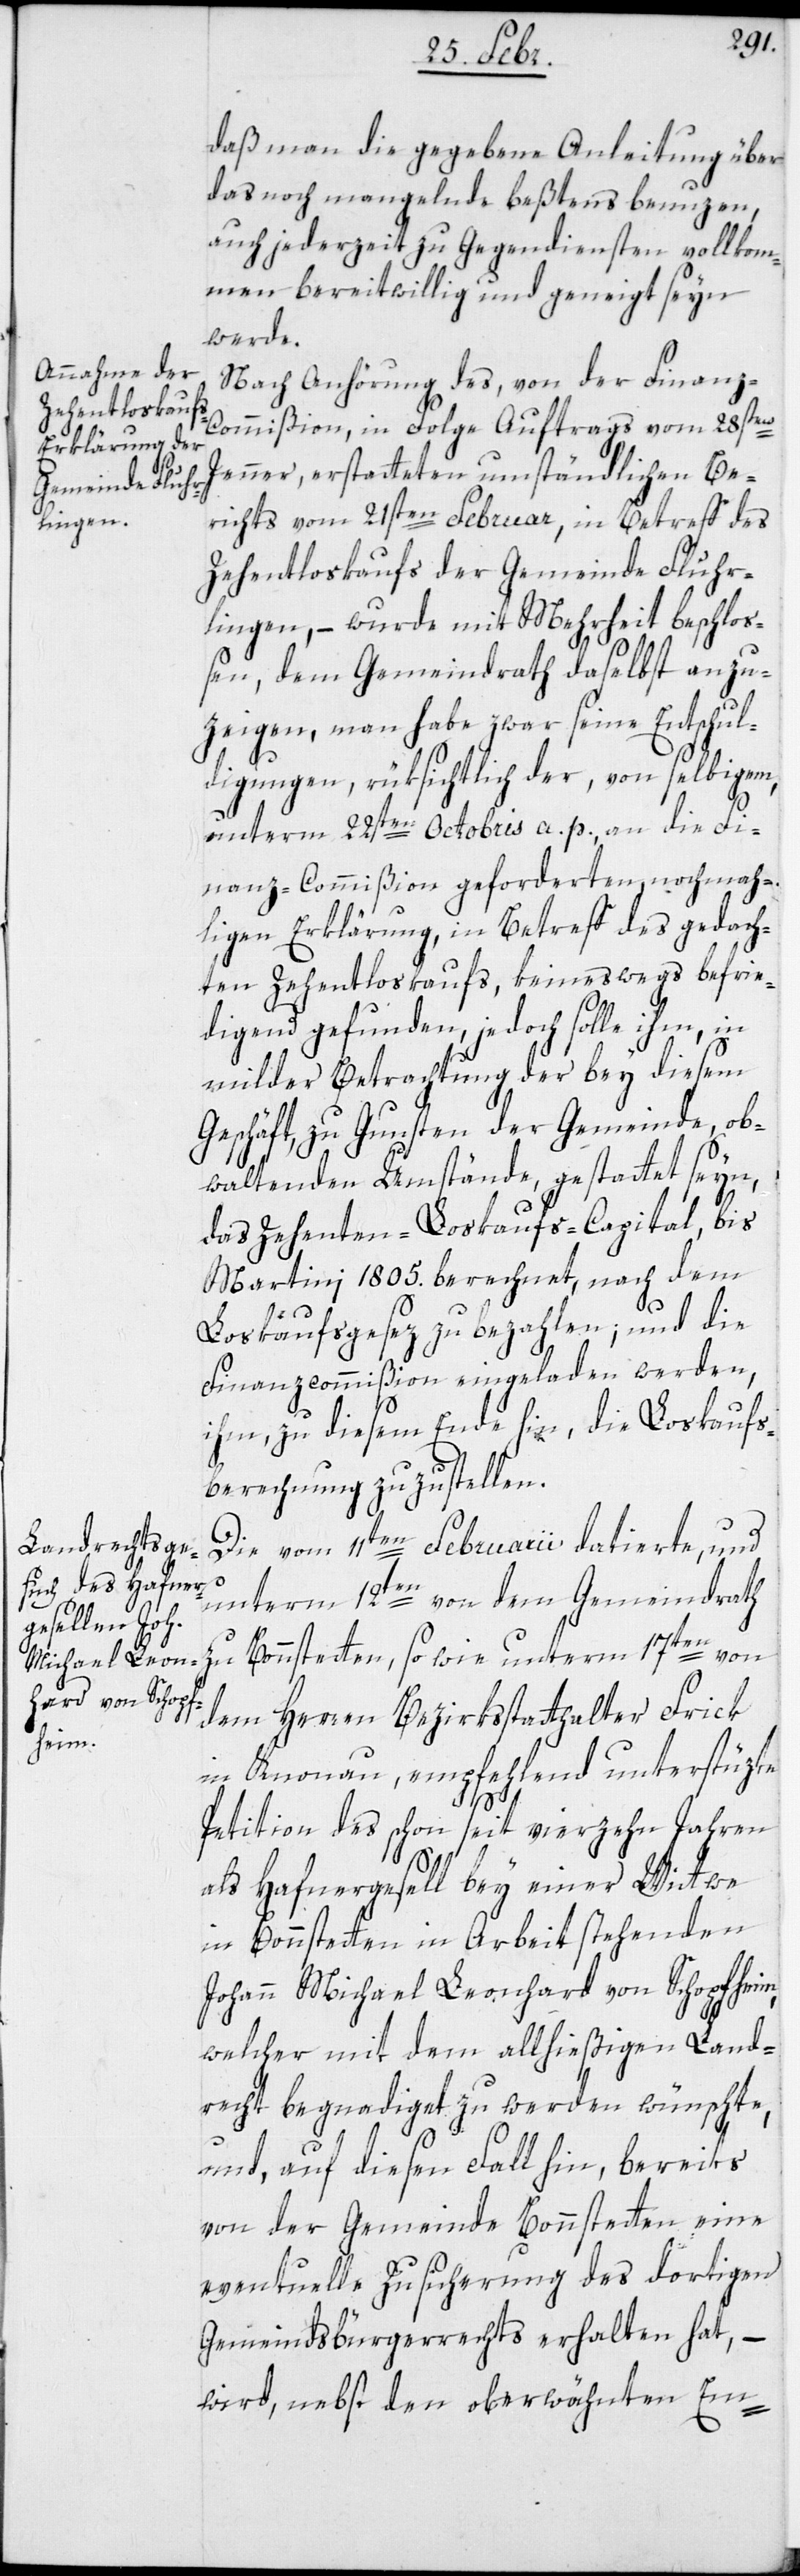
daß man die gegeben Anleitung über
das noch mangelnde beßtens benuzen,
auch jederzeit zu Gegendiensten vollkom¬
men bereitwillig und geneigt seyn
werde.
Nach Anhörung des, von der Finan¬
z-Commißion in Folge Auftrags vom 28sten
Jenner, erstatteten umständlichen Be¬
richts vom 21sten Februar, in Betreff des
Zehentloskaufs der Gemeinde Fluhr¬
lingen, – wurde mit Mehrheit beschlo¬
ßen, dem Gemeindrath daselbst anzu¬
zeigen, man habe zwar seine Entschul¬
digungen, rüksichltich der, von selbigem,
unterm 22sten Octobris a. p. an die Fi¬
nanz-Commißion geforderten, nochmah¬
ligen Erklärung, in Betreff des gedach¬
ten Zehentloskaufs, keineswegs befrie¬
digend gefunden, jedoch solle ihm, in
milder Betrachtung der bey diesem
Geschäft, zu Gunsten der Gemeinde, ob¬
waltenden Umstände, gestattet seyn,
das Zehenten-Loskaufs-Capital, bis
Martini 1805. berechnet, nach dem
Loskaufsgesetz zu bezahlen; und die
Finanzcommißion eingeladen werden,
ihm, zu diesem Ende hin, die Loskaufs¬
berechnung zuzustellen.
Die vom 11ten Februarii datierte, und
unterm 12ten von dem Gemeindrath
zu Bonstetten, sowie unterm 17ten von
dem Herren Bezirksstatthalter Frick
in Knonau, empfehlend unterstüzte
Petition des schon seit vierzehn Jahren
als Hafnergesell bey einer Wittwe
in Bonstetten in Arbeit stehenden
Johann Michael Leonhard von Schopfheim,
welcher mit dem allhießigen Land¬
recht begnadiget zu werden wünschte,
und, auf diesen Fall hin, bereits
von der Gemeinde Bonstetten eine
eventuelle Zusicherung des dortigen
Gemeindsbürgerrechts erhalten hat, –
wird, nebst den oberwähnten Em-